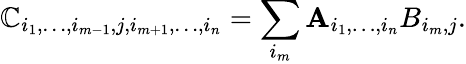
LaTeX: \mathbb{C}_{i_{1},\ldots,i_{m-1},j,i_{m+1},\ldots,i_{n}}=\sum_{i_{m}}\mathbf{A}_{i_{1},\ldots,i_{n}}B_{i_{m},j}.